Burma Government Medical School reports 1923-41
Year: 1923
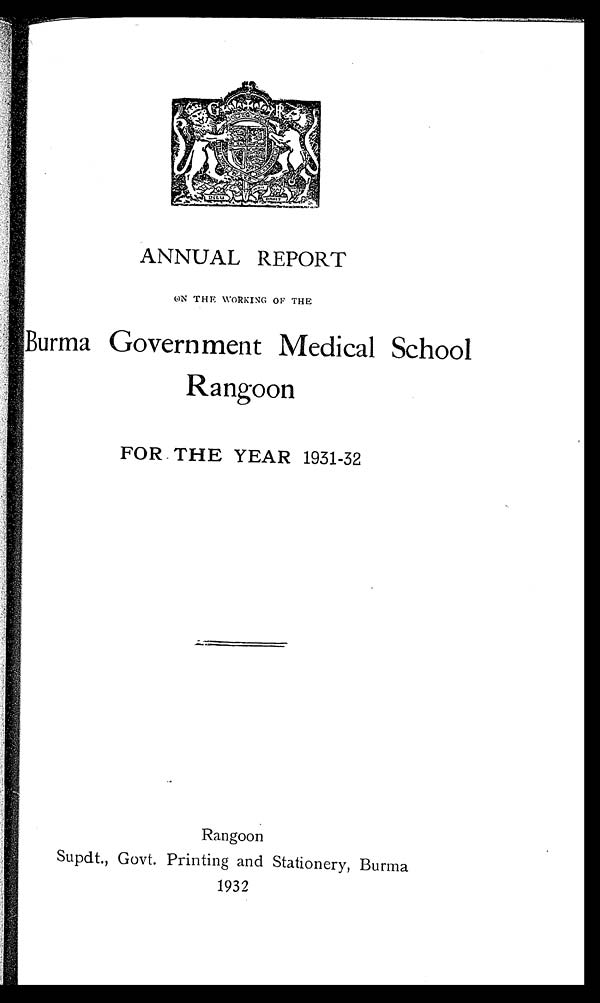
ANNUAL REPORT
ON THE WORKING OF THE
Burma Government Medical School
Rangoon
FOR THE YEAR 1931-32
Rangoon
Supdt., Govt. Printing and Stationery, Burma
1932